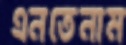
এনতেনাম